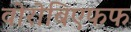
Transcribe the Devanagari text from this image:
वोरोबिएफफ